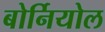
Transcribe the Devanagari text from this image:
बोर्नियोल